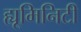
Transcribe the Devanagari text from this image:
ह्यूमिनिटी